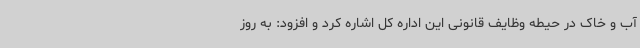
آب و خاک در حیطه وظایف قانونی این اداره کل اشاره کرد و افزود: به روز